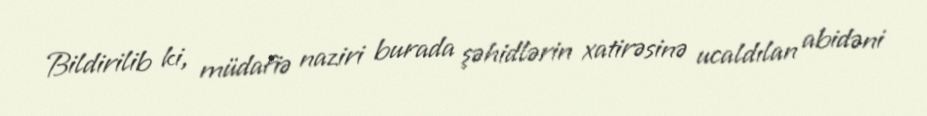
Bildirilib ki, müdafiə naziri burada şəhidlərin xatirəsinə ucaldılan abidəni